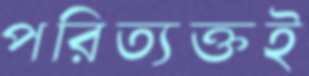
পরিত্যক্তই